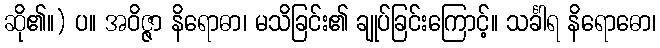
ဆို၏။) ပ။ အဝိဇ္ဇာ နိရောဓာ၊ မသိခြင်း၏ ချုပ်ခြင်းကြောင့်။ သင်္ခါရ နိရောဓော၊